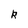
Character: R